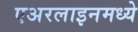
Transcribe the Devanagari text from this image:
एअरलाइनमध्ये